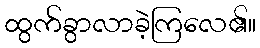
ထွက်ခွာလာခဲ့ကြလေ၏။